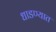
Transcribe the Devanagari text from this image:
धाडण्यात